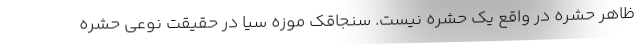
ظاهر حشره در واقع یک حشره نیست. سنجاقک موزه سیا در حقیقت نوعی حشره